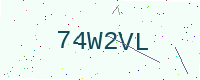
Text: 74W2VL